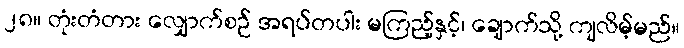
၂၈။ တုံးတံတား လျှောက်စဉ် အရပ်တပါး မကြည့်နှင့်၊ ချောက်သို့ ကျလိမ့်မည်။